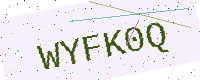
Text: WYFK0Q